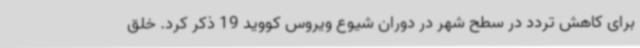
برای کاهش تردد در سطح شهر در دوران شیوع ویروس کووید 19 ذکر کرد. خلق